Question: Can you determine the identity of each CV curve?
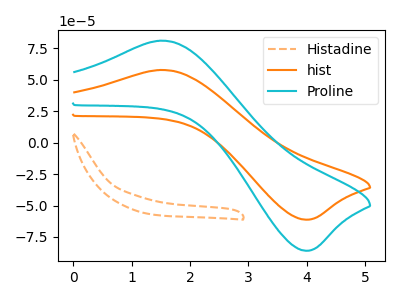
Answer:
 <answer>The orange dashed curve is labeled "Histadine". The orange curve is labeled "hist". The cyan curve is labeled "Proline".</answer>
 <eval></eval>